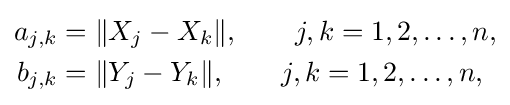
{\begin{aligned}a_{j,k}&=\|X_{j}-X_{k}\|,\qquad j,k=1,2,\ldots ,n,\\b_{j,k}&=\|Y_{j}-Y_{k}\|,\qquad j,k=1,2,\ldots ,n,\end{aligned}}